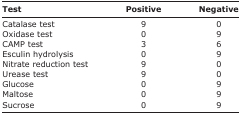
<table><thead><tr><td><b>Test</b></td><td><b>Positive</b></td><td><b>Negative</b></td></tr></thead><tbody><tr><td>Catalase test</td><td>9</td><td>0</td></tr><tr><td>Oxidase test</td><td>0</td><td>9</td></tr><tr><td>CAMP test</td><td>3</td><td>6</td></tr><tr><td>Esculin hydrolysis</td><td>0</td><td>9</td></tr><tr><td>Nitrate reduction test</td><td>9</td><td>0</td></tr><tr><td>Urease test</td><td>9</td><td>0</td></tr><tr><td>Glucose</td><td>0</td><td>9</td></tr><tr><td>Maltose</td><td>0</td><td>9</td></tr><tr><td>Sucrose</td><td>0</td><td>9</td></tr></tbody></table>